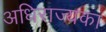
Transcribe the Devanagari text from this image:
अधिराज्यका